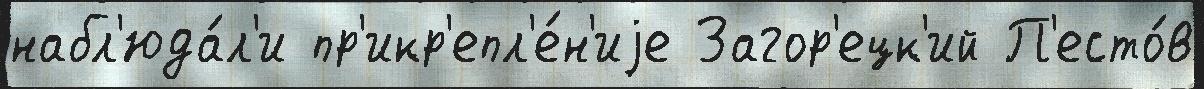
набл'юда́л'и пр'икр'епл'е́н'иjе Загор'ецк'ий П'есто́в